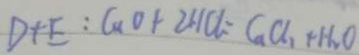
D + E : C u O + 2 H C l = G a C l _ { 2 } + H _ { 2 } O